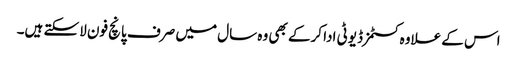
اس کے علاوہ کسٹمز ڈیوٹی ادا کرکے بھی وہ سال میں صرف پانچ فون لاسکتے ہیں۔